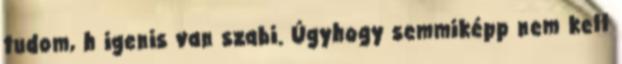
tudom, h igenis van szabi. Úgyhogy semmiképp nem kell